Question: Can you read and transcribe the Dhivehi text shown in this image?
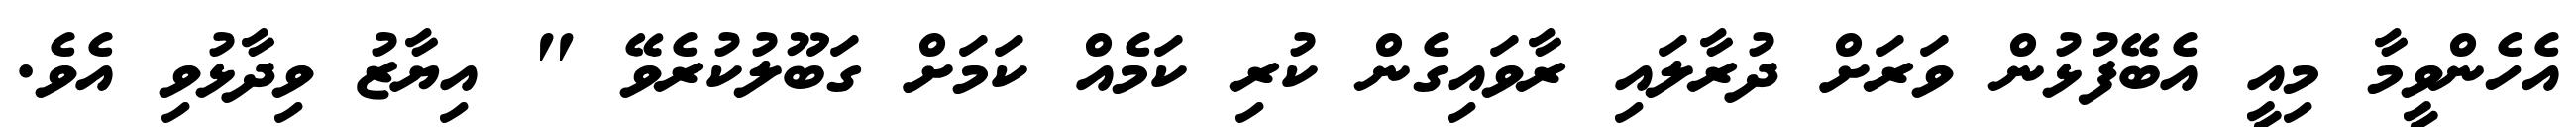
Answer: އެހެންވީމާ މިއީ އެބޭފުޅުން ވަރަށް ދުރާލައި ރާވައިގެން ކުރި ކަމެއް ކަމަށް ގަބޫލުކުރެވޭ " އިޔާޒު ވިދާޅުވި އެވެ.